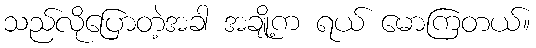
သည်လိုပြောတဲ့အခါ အချို့က ရယ် မောကြတယ်။